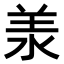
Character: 𣴎